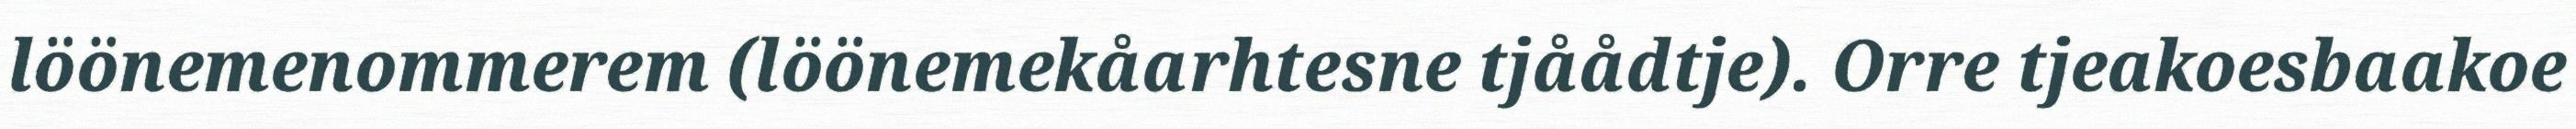
löönemenommerem (löönemekåarhtesne tjåådtje). Orre tjeakoesbaakoe